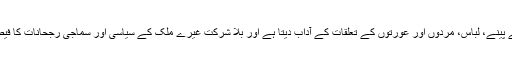
یہ ہمیں کھانے پینے، لباس، مردوں اور عورتوں کے تعلقات کے آداب دیتا ہے اور بلا شرکتِ غیرے ملک کے سیاسی اور سماجی رجحانات کا فیصلہ کرتا ہے ۔